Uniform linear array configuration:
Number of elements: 32
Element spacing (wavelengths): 0.25
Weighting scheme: binomial
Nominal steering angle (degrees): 45
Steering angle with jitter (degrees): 44.233
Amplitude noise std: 0.05
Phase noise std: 0.05

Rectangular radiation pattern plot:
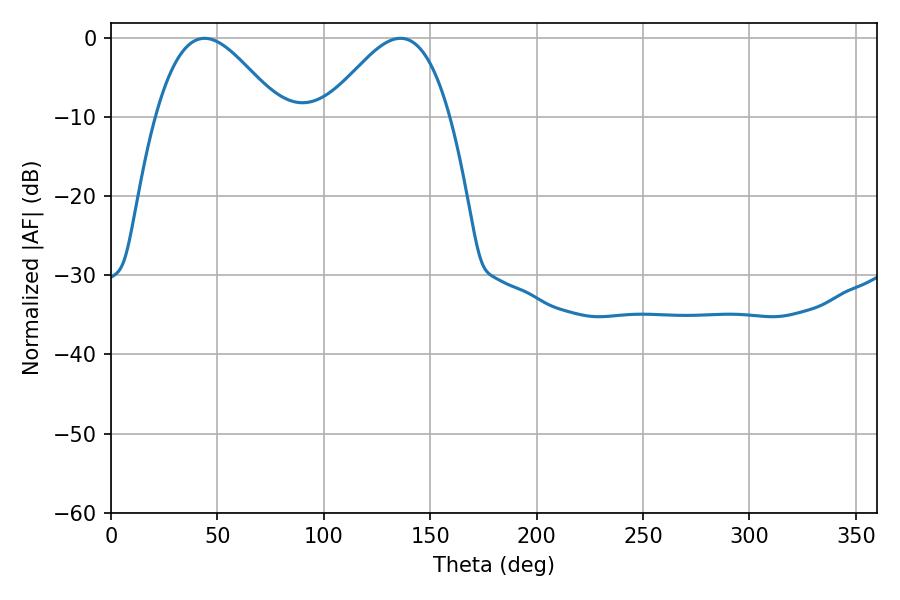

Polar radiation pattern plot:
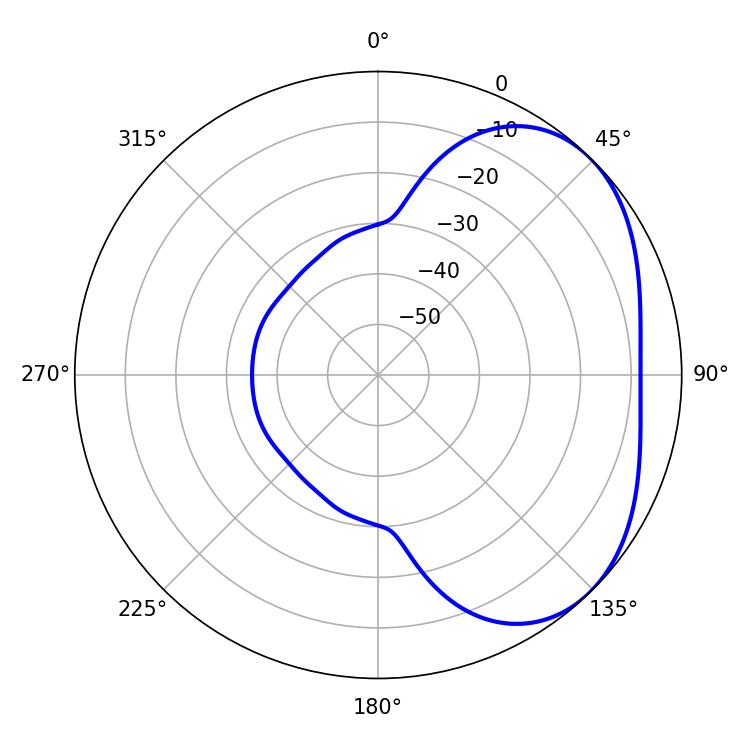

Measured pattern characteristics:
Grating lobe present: FALSE
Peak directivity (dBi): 3.439
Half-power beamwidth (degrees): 31.32
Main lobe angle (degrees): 43.92